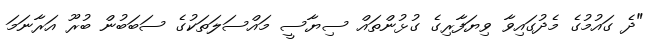
"ދެ ގައުމުގެ މެދުގައިވާ ވިޔަފާރިގެ ގުޅުންތައް ސިޔާސީ މައްސަލަތަކުގެ ސަބަބުން ބުރޫ އަރާނަމަ